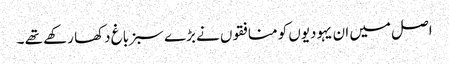
اصل میں ان یہودیوں کو منافقوں نے بڑے سبز باغ دکھا رکھے تھے ۔